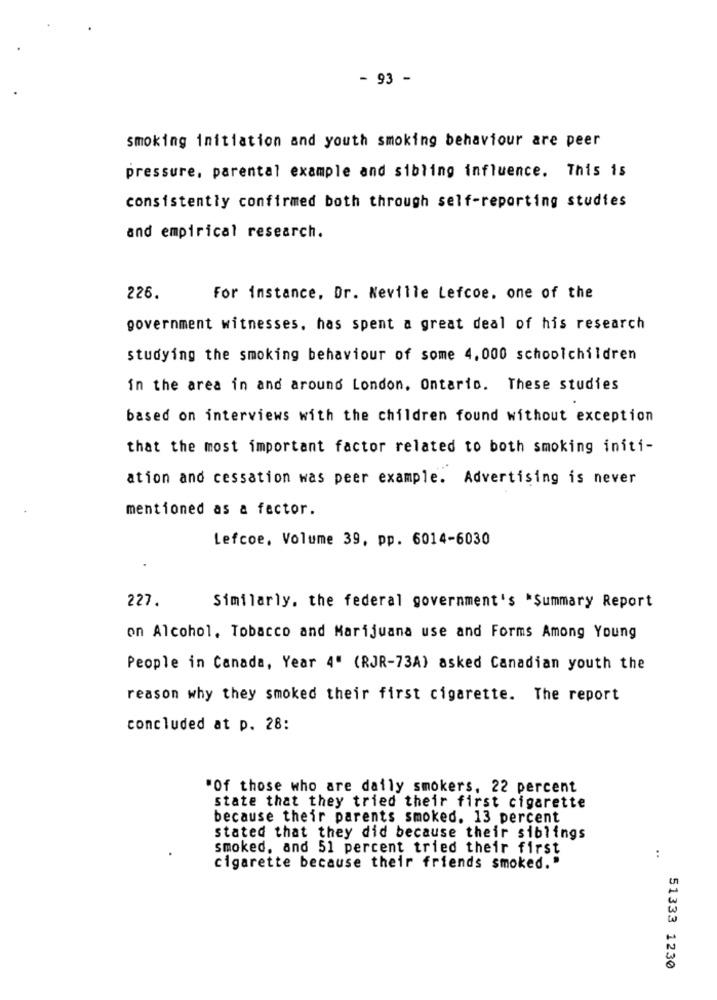
- 93 -
smoking initiation and youth smoking behaviour are peer
pressure, parental example and sibling influence. This is
consistently confirmed both through self-reporting studies
and empirical research.
226.
For instance, Dr. Neville Lefcoe. one of the
government witnesses, has spent a great deal of his research
studying the smoking behaviour of some 4.000 schoolchildren
in the area in and around London, Ontario. These studies
based on interviews with the children found without exception
that the most important factor related to both smoking initi-
ation and cessation was peer example. Advertising is never
mentioned as a factor.
Lefcoe, Volume 39, pp. 6014-6030
227.
Similarly, the federal government's "Summary Report
on Alcohol, Tobacco and Marijuana use and Forms Among Young
People in Canada, Year 4" (RJR-73A) asked Canadian youth the
reason why they smoked their first cigarette. The report
concluded at p. 28:
"Of those who are daily smokers, 22 percent
state that they tried their first cigarette
because their parents smoked. 13 percent
stated that they did because their siblings
smoked, and 51 percent tried their first
:
cigarette because their friends smoked."
51333 1230